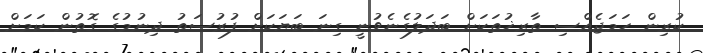
ކުރިން ހަމަޖެއްސި ތާރިޚުތަކަށް ބަދަލުގެނެވުނީ ގިނަ ބަޔަަކަށް ފުރުސަތު ދިނުމުގެ ގޮތުން ކަމަށް